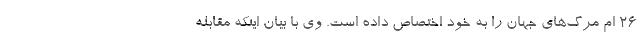
26 ام مرگ‌های جهان را به خود اختصاص داده است. وی با بیان اینکه مقابله